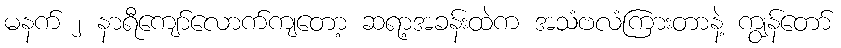
မနက် ၂ နာရီကျော်လောက်ကျတော့ ဆရာ့အခန်းထဲက အသံဗလံကြားတာနဲ့ ကျွန်တော်